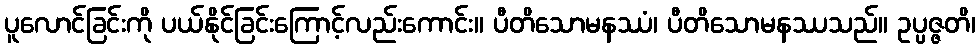
ပူလောင်ခြင်းကို ပယ်နိုင်ခြင်းကြောင့်လည်းကောင်း။ ပီတိသောမနဿံ၊ ပီတိသောမနဿသည်။ ဥပ္ပဇ္ဇတိ၊